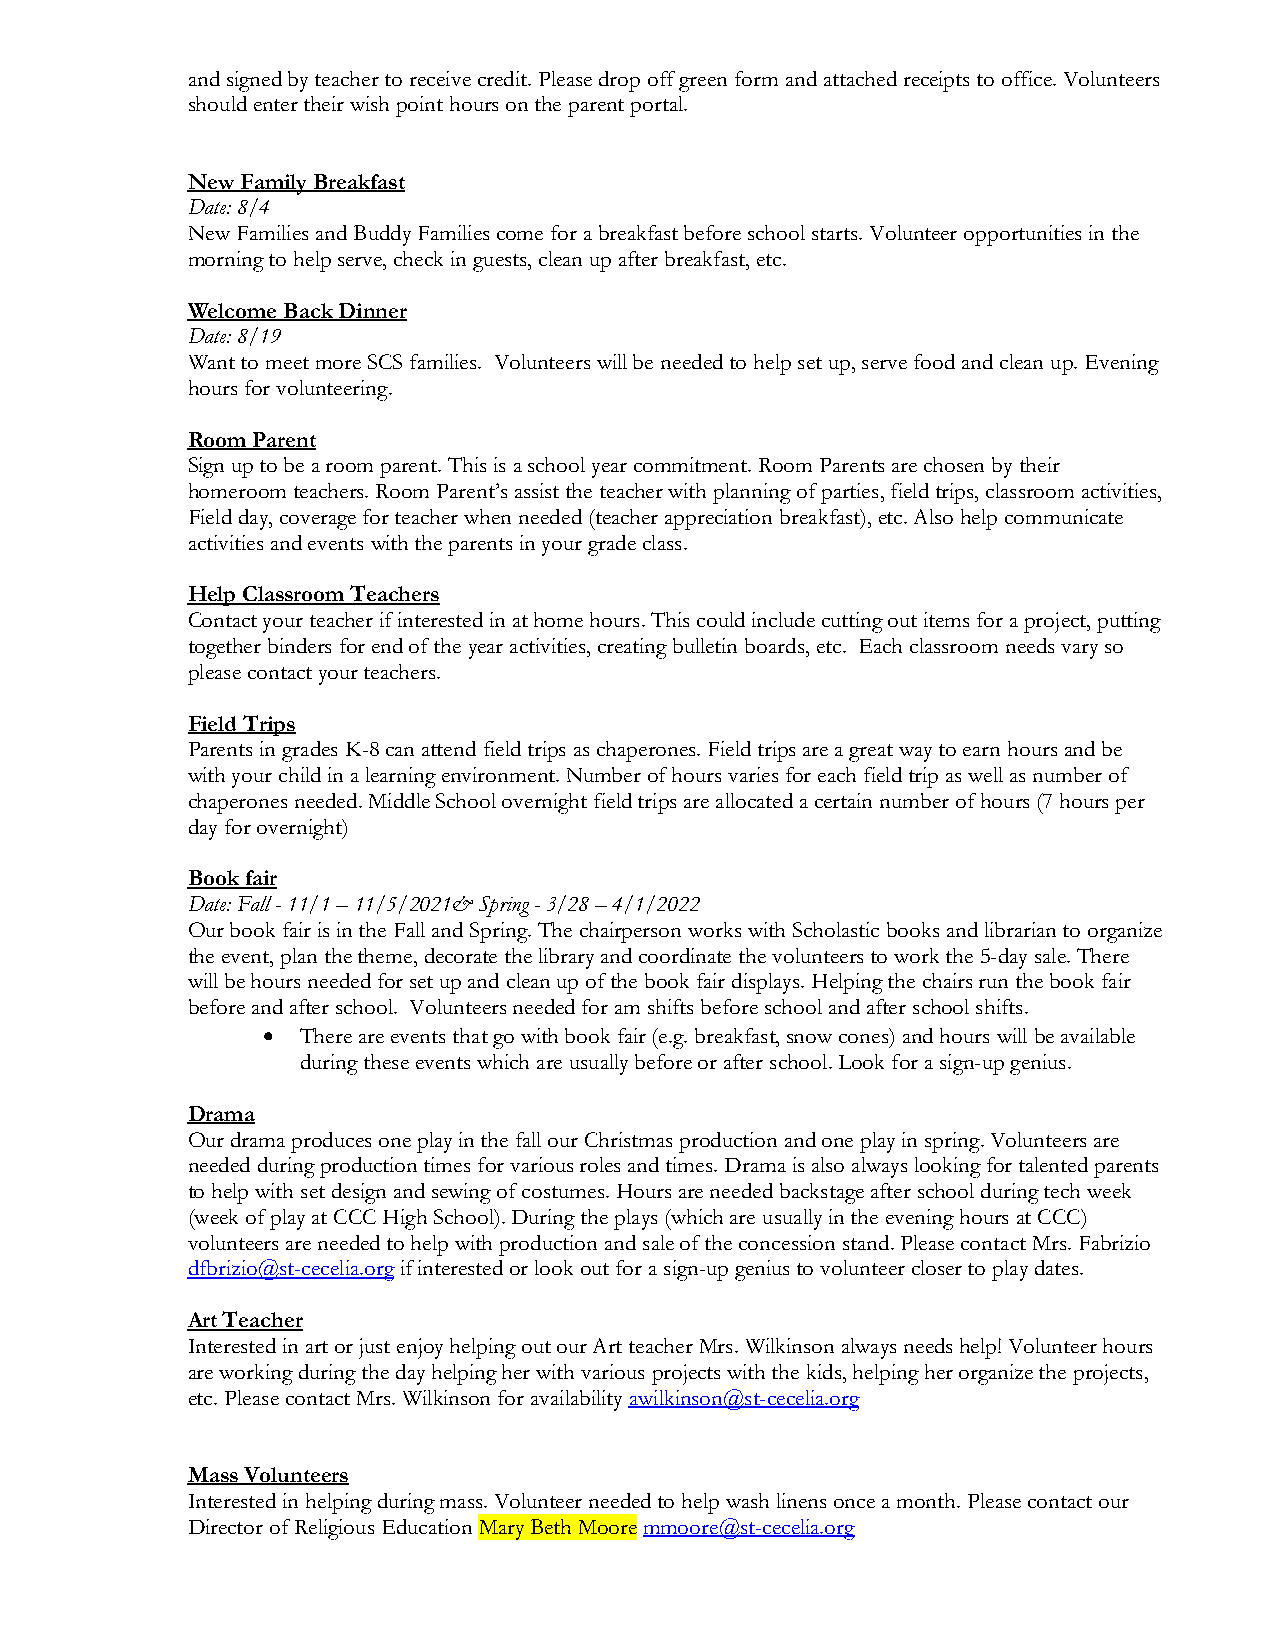
and signed by teacher to receive credit. Please drop off green form and attached receipts to office. Volunteers
 should enter their wish point hours on the parent portal.
 New Family Breakfast
 Date: 8/4
 New Families and Buddy Families come for a breakfast before school starts. Volunteer opportunities in the
 morning to help serve, check in guests, clean up after breakfast, etc.
 Welcome Back Dinner
 Date: 8/19
 Want to meet more SCS families. Volunteers will be needed to help set up, serve food and clean up. Evening
 hours for volunteering.
 Room Parent
 Sign up to be a room parent. This is a school year commitment. Room Parents are chosen by their
 homeroom teachers. Room Parent’s assist the teacher with planning of parties, field trips, classroom activities,
 Field day, coverage for teacher when needed (teacher appreciation breakfast), etc. Also help communicate
 activities and events with the parents in your grade class.
 Help Classroom Teachers
 Contact your teacher if interested in at home hours. This could include cutting out items for a project, putting
 together binders for end of the year activities, creating bulletin boards, etc. Each classroom needs vary so
 please contact your teachers.
 Field Trips
 Parents in grades K-8 can attend field trips as chaperones. Field trips are a great way to earn hours and be
 with your child in a learning environment. Number of hours varies for each field trip as well as number of
 chaperones needed. Middle School overnight field trips are allocated a certain number of hours (7 hours per
 day for overnight)
 Book fair
 Date: Fall - 11/1 – 11/5/2021& Spring - 3/28 – 4/1/2022
 Our book fair is in the Fall and Spring. The chairperson works with Scholastic books and librarian to organize
 the event, plan the theme, decorate the library and coordinate the volunteers to work the 5-day sale. There
 will be hours needed for set up and clean up of the book fair displays. Helping the chairs run the book fair
 before and after school. Volunteers needed for am shifts before school and after school shifts.
   There are events that go with book fair (e.g. breakfast, snow cones) and hours will be available
 during these events which are usually before or after school. Look for a sign-up genius.
 Drama
 Our drama produces one play in the fall our Christmas production and one play in spring. Volunteers are
 needed during production times for various roles and times. Drama is also always looking for talented parents
 to help with set design and sewing of costumes. Hours are needed backstage after school during tech week
 (week of play at CCC High School). During the plays (which are usually in the evening hours at CCC)
 volunteers are needed to help with production and sale of the concession stand. Please contact Mrs. Fabrizio
 dfbrizio@st-cecelia.org if interested or look out for a sign-up genius to volunteer closer to play dates.
 Art Teacher
 Interested in art or just enjoy helping out our Art teacher Mrs. Wilkinson always needs help! Volunteer hours
 are working during the day helping her with various projects with the kids, helping her organize the projects,
 etc. Please contact Mrs. Wilkinson for availability awilkinson@st-cecelia.org
 Mass Volunteers
 Interested in helping during mass. Volunteer needed to help wash linens once a month. Please contact our
 Director of Religious Education Mary Beth Moore mmoore@st-cecelia.org